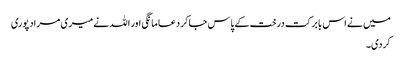
میں نے اس بابرکت درخت کے پاس جاکر دعا مانگی اور اللہ نے میری مراد پوری
کردی۔